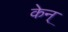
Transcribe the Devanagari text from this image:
केन्